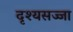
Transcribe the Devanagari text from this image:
दृश्यसज्जा